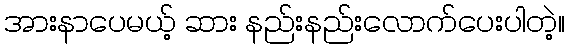
အားနာပေမယ့် ဆား နည်းနည်းလောက်ပေးပါတဲ့။